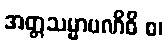
အတ္တသမ္မာပဏိဓိ စ၊